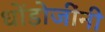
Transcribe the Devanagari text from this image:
धोंडोजींनी